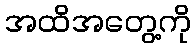
အထိအတွေ့ကို